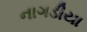
નાગડીયા